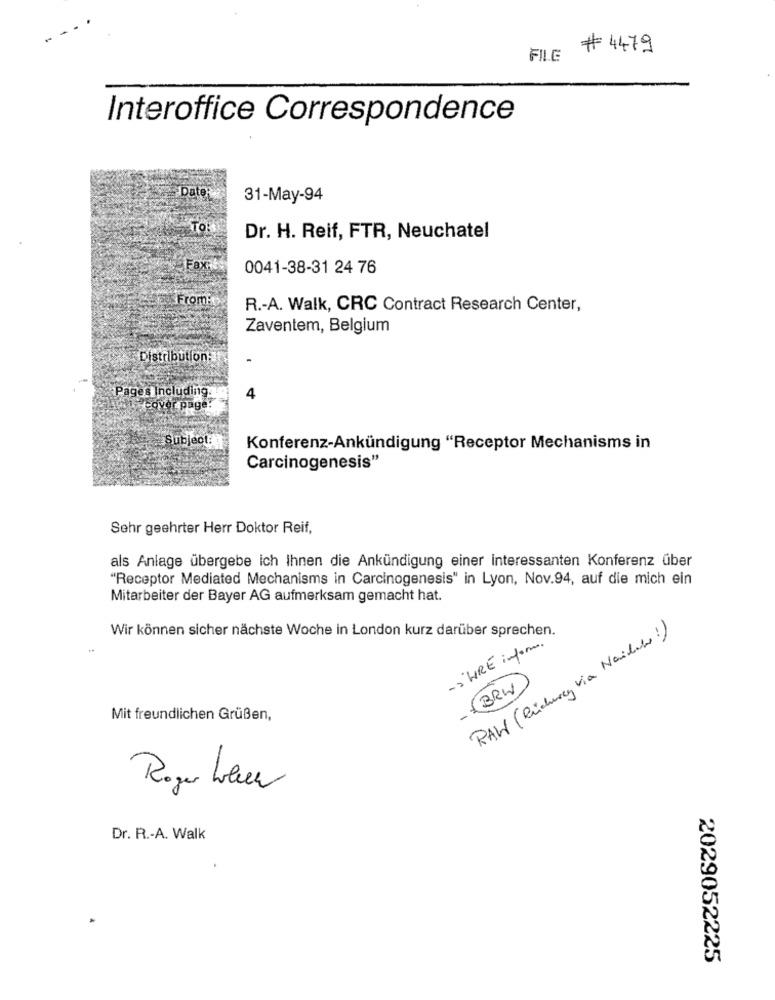
# 4479
FILE
Interoffice Correspondence
Date:
31-May-94
TO:
Dr. H. Reif, FTR, Neuchatel
Fax:
0041-38-31 24 76
Fromin
R .- A. Walk, CRC Contract Research Center,
Zaventem, Belgium
Distribution:
-
Pages including.
4
Hcover page:
Subject:
Konferenz-Ankündigung "Receptor Mechanisms in
Carcinogenesis"
Sehr geehrter Herr Doktor Reif,
als Anlage übergebe ich Ihnen die Ankündigung einer interessanten Konferenz über
"Receptor Mediated Mechanisms in Carcinogenesis" in Lyon, Nov.94, auf die mich ein
Mitarbeiter der Bayer AG aufmerksam gemacht hat.
Wir können sicher nächste Woche in London kurz darüber sprechen.
RAW (Richercy via Nailuso!)
- WIRE inform.
BRW
Mit freundlichen Grüßen,
Roger Ller
Dr. R .- A. Walk
2029052225